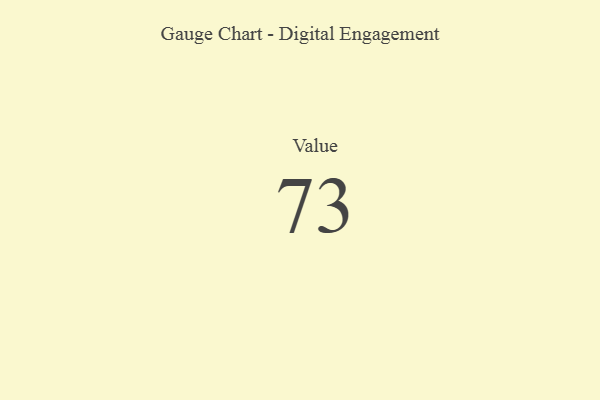
{"axis": {"x": "Metric", "y": "Value"}, "legend": [""], "data": [{"x": "Value", "y": 73, "type": ""}]}